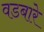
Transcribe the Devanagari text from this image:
वडबारे